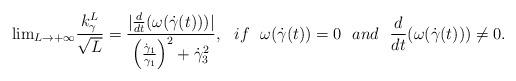
LaTeX: \begin{align*}{\rm lim}_{L\rightarrow +\infty}\frac{k_{\gamma}^{L}}{\sqrt{L}}=\frac{|\frac{d}{dt}(\omega(\dot{\gamma}(t)))|}{\left(\frac{\dot{\gamma}_1}{\gamma_1}\right)^2+\dot{\gamma}_3^2},~~if ~~\omega(\dot{\gamma}(t))= 0~~and~~\frac{d}{dt}(\omega(\dot{\gamma}(t)))\neq 0.\end{align*}